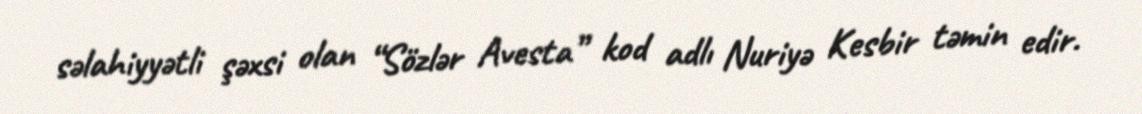
səlahiyyətli şəxsi olan “Sözlər Avesta” kod adlı Nuriyə Kesbir təmin edir.